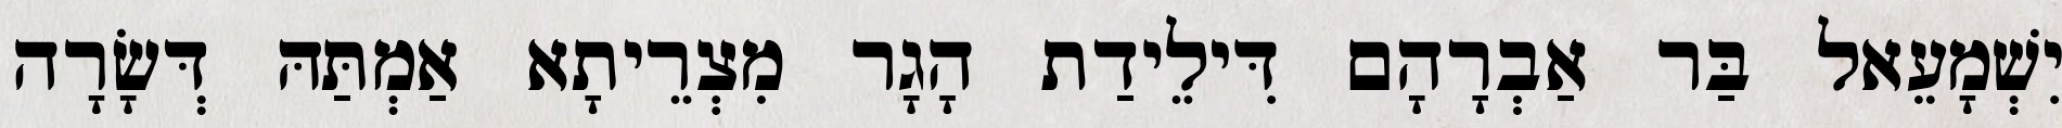
יִשְׁמָעֵאל בַּר אַבְרָהָם דִּילֵידַת הָגָר מִצְרֵיתָא אַמְתַּהּ דְּשָׂרָה